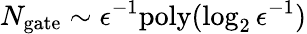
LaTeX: N_{\mathrm{gate}}\sim\epsilon^{-1}\mathrm{poly}(\log_{2}\epsilon^{-1})